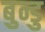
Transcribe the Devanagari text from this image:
बुन्डु